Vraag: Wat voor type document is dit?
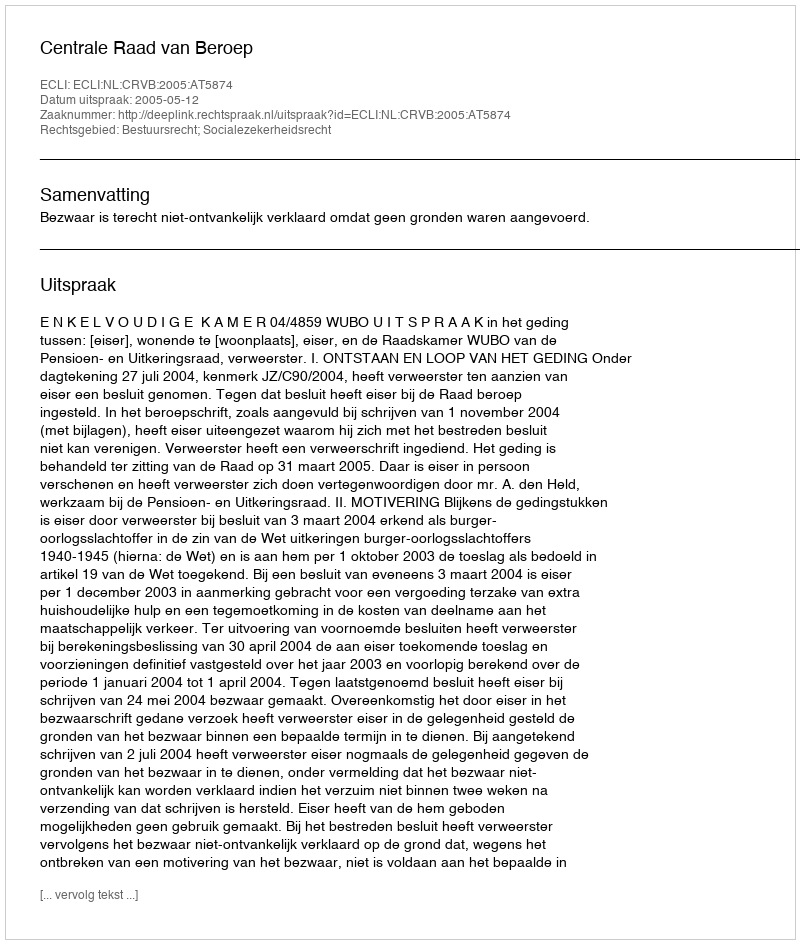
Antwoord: Uitspraak